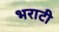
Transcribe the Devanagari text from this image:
भराटी